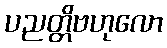
ပညတ္တိဗဟုလော